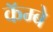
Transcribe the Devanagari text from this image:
कॅम्बे